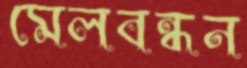
মেলবন্ধন